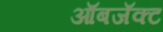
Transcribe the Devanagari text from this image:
ऑबजॅक्ट